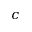
c